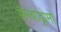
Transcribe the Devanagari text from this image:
सैमबोड्रोमो